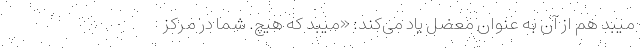
میبد هم از آن به عنوان معضل یاد می‌کند: «میبد که هیچ. شما در مرکز